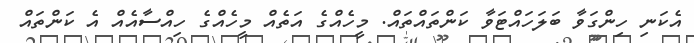
އެކަނި ހިންގަވާ ބަލަހައްޓަވާ ކަންތައްތައް. މީހެއްގެ އަތެއް މީހެއްގެ ހިއްސާއެއް އެ ކަންތައް